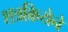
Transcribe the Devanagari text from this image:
शत्रक्रियेने